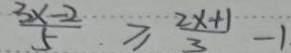
\frac { 3 x - 2 } { 5 } \geq \frac { 2 x + 1 } { 3 } - 1